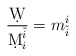
\begin{align*}{\d W\over\d M^{\tilde{i}}_i} = m_{\tilde{i}}^i\end{align*}